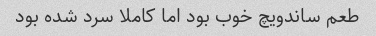
طعم ساندویچ خوب بود اما کاملا سرد شده بود